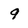
Character: 9